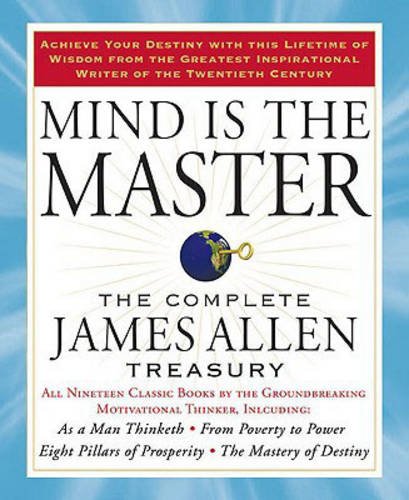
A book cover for Mind is the Master: The Complete James Allen Treasury; James Allen; Religion & Spirituality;